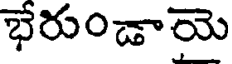
భేరుండాయె